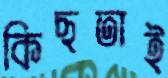
কিছতাই